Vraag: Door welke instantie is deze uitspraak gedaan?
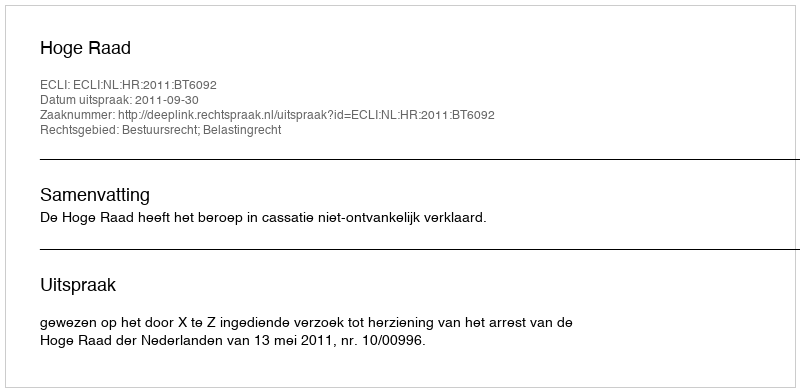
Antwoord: Hoge Raad